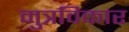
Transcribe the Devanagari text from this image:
मुत्रविकार